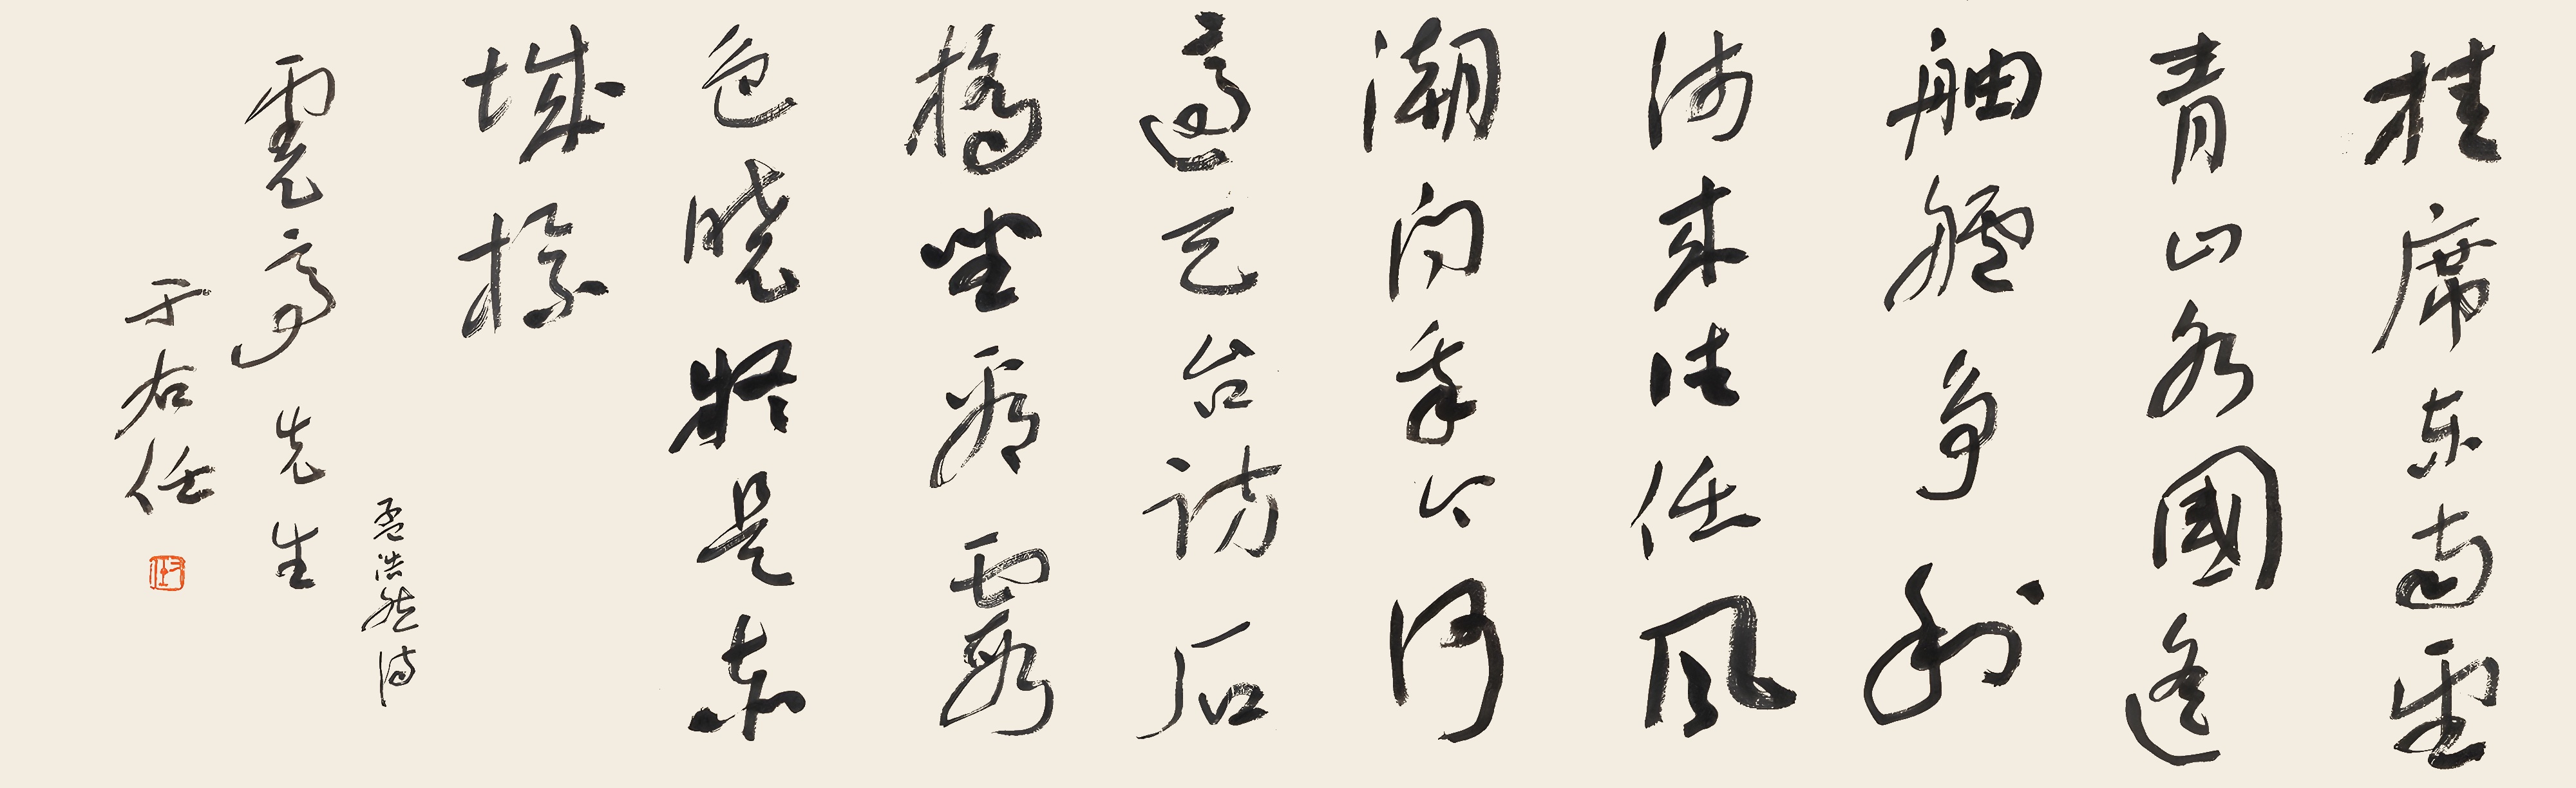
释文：挂席东南望，青山水国遥。舳舻争利涉，来往任风潮。问我今何适？天台访石桥。坐看霞色晓，疑是赤城标。孟浩然诗。霓高先生，于右任。